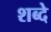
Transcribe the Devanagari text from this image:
शब्दे